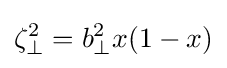
\zeta _{\perp }^{2}=b_{\perp }^{2}x(1-x)